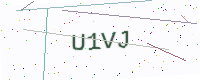
Text: U1VJ